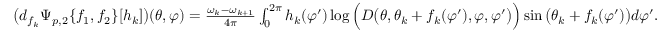
\begin{array} { r } { \big ( d _ { f _ { k } } \Psi _ { p , 2 } \{ f _ { 1 } , f _ { 2 } \} [ h _ { k } ] \big ) ( \theta , \varphi ) = \frac { \omega _ { k } - \omega _ { k + 1 } } { 4 \pi } \int _ { 0 } ^ { 2 \pi } h _ { k } ( \varphi ^ { \prime } ) \log \Big ( D \big ( \theta , \theta _ { k } + f _ { k } ( \varphi ^ { \prime } ) , \varphi , \varphi ^ { \prime } \big ) \Big ) \sin \big ( \theta _ { k } + f _ { k } ( \varphi ^ { \prime } ) \big ) d \varphi ^ { \prime } . } \end{array}